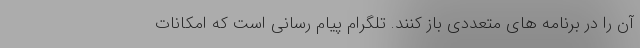
آن را در برنامه های متعددی باز کنند. تلگرام پیام رسانی است که امکانات